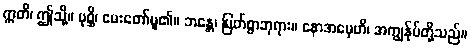
ဣတိ၊ ဤသို့။ ပုစ္ဆိ၊ မေးတော်မူ၏။ ဘန္တေ၊ မြတ်စွာဘုရား။ နောအမှေဟိ၊ အကျွန်ုပ်တို့သည်။